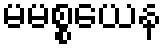
မမစ္စယေန